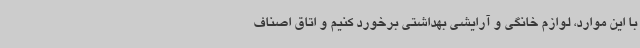
با این موارد، لوازم خانگی و آرایشی بهداشتی برخورد کنیم و اتاق اصناف